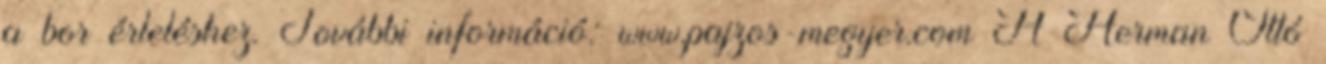
a bor érleléshez. További információ: www.pajzos-megyer.com A Herman Ottó